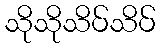
သိုသိုသိပ်သိပ်